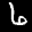
Label: 6